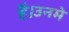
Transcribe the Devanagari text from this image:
है।उनमे